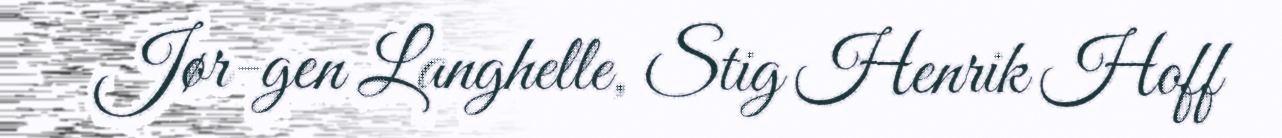
Jør-gen Langhelle, Stig Henrik Hoff